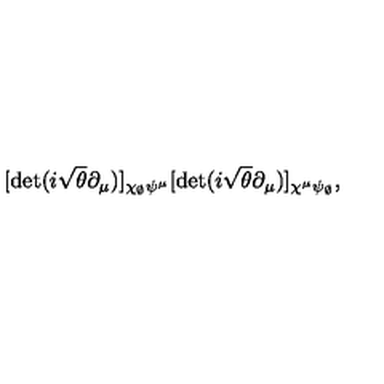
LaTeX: [ \det ( i \sqrt { \theta } \partial _ { \mu } ) ] _ { \chi _ { \scriptscriptstyle \emptyset } \psi ^ { \mu } } [ \det ( i \sqrt { \theta } \partial _ { \mu } ) ] _ { \chi ^ { \mu } \psi _ { \scriptscriptstyle \emptyset } } ,